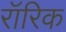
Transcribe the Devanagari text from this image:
रॉरिक